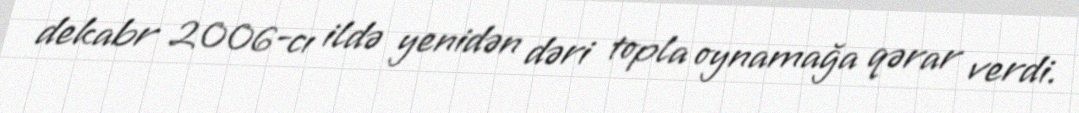
dekabr 2006-cı ildə yenidən dəri topla oynamağa qərar verdi.